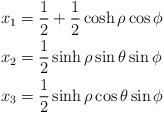
LaTeX: \begin{align*}\begin{aligned}x_{1}&=\frac{1}{2}+\frac{1}{2}\cosh\rho\cos\phi\\x_{2}&=\frac{1}{2}\sinh\rho\sin\theta\sin\phi\\x_{3}&=\frac{1}{2}\sinh\rho\cos\theta\sin\phi\\\end{aligned}\end{align*}